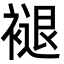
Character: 褪